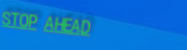
STOP AHEAD